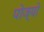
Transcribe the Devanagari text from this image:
पोज्यो